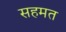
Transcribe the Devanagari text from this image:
सहमत